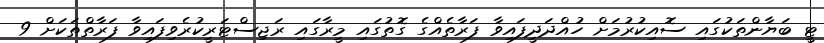
ޓީ ބަޔާންތަކުގައި ސޮއިކުރުމަށް ހުއްދަދީފައިވާ ފަރާތެއްގެ ގޮތުގައި މީރާގައި ރަޖިސްޓަރީކުރެވިފައިވާ ފަރާތްތަކަށް 9